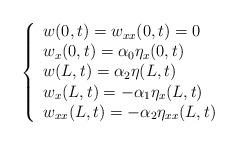
LaTeX: \begin{align*}\left\{\begin{array}[c]{lll}w(0,t) =w_{xx}(0,t) =0 & & \\w_{x}(0,t) =\alpha_{0}\eta_{x}(0,t) & & \\w(L,t) =\alpha_{2}\eta(L,t) & & \\w_{x}(L,t) =-\alpha_{1}\eta_{x}(L,t) & & \\w_{xx}(L,t) =-\alpha_{2}\eta_{xx}(L,t) & &\end{array}\right. \end{align*}